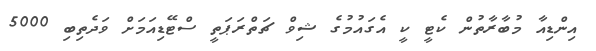
އިންޑިއާ މުބާރާތުން ކެޓީ ކީ އެގައުމުގެ ޝިވް ޗަތްރަޕަތީ ސްޓޭޑިއަމަށް ވަދެތިބި 5000